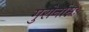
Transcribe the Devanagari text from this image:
गुरोर्नाम्नः